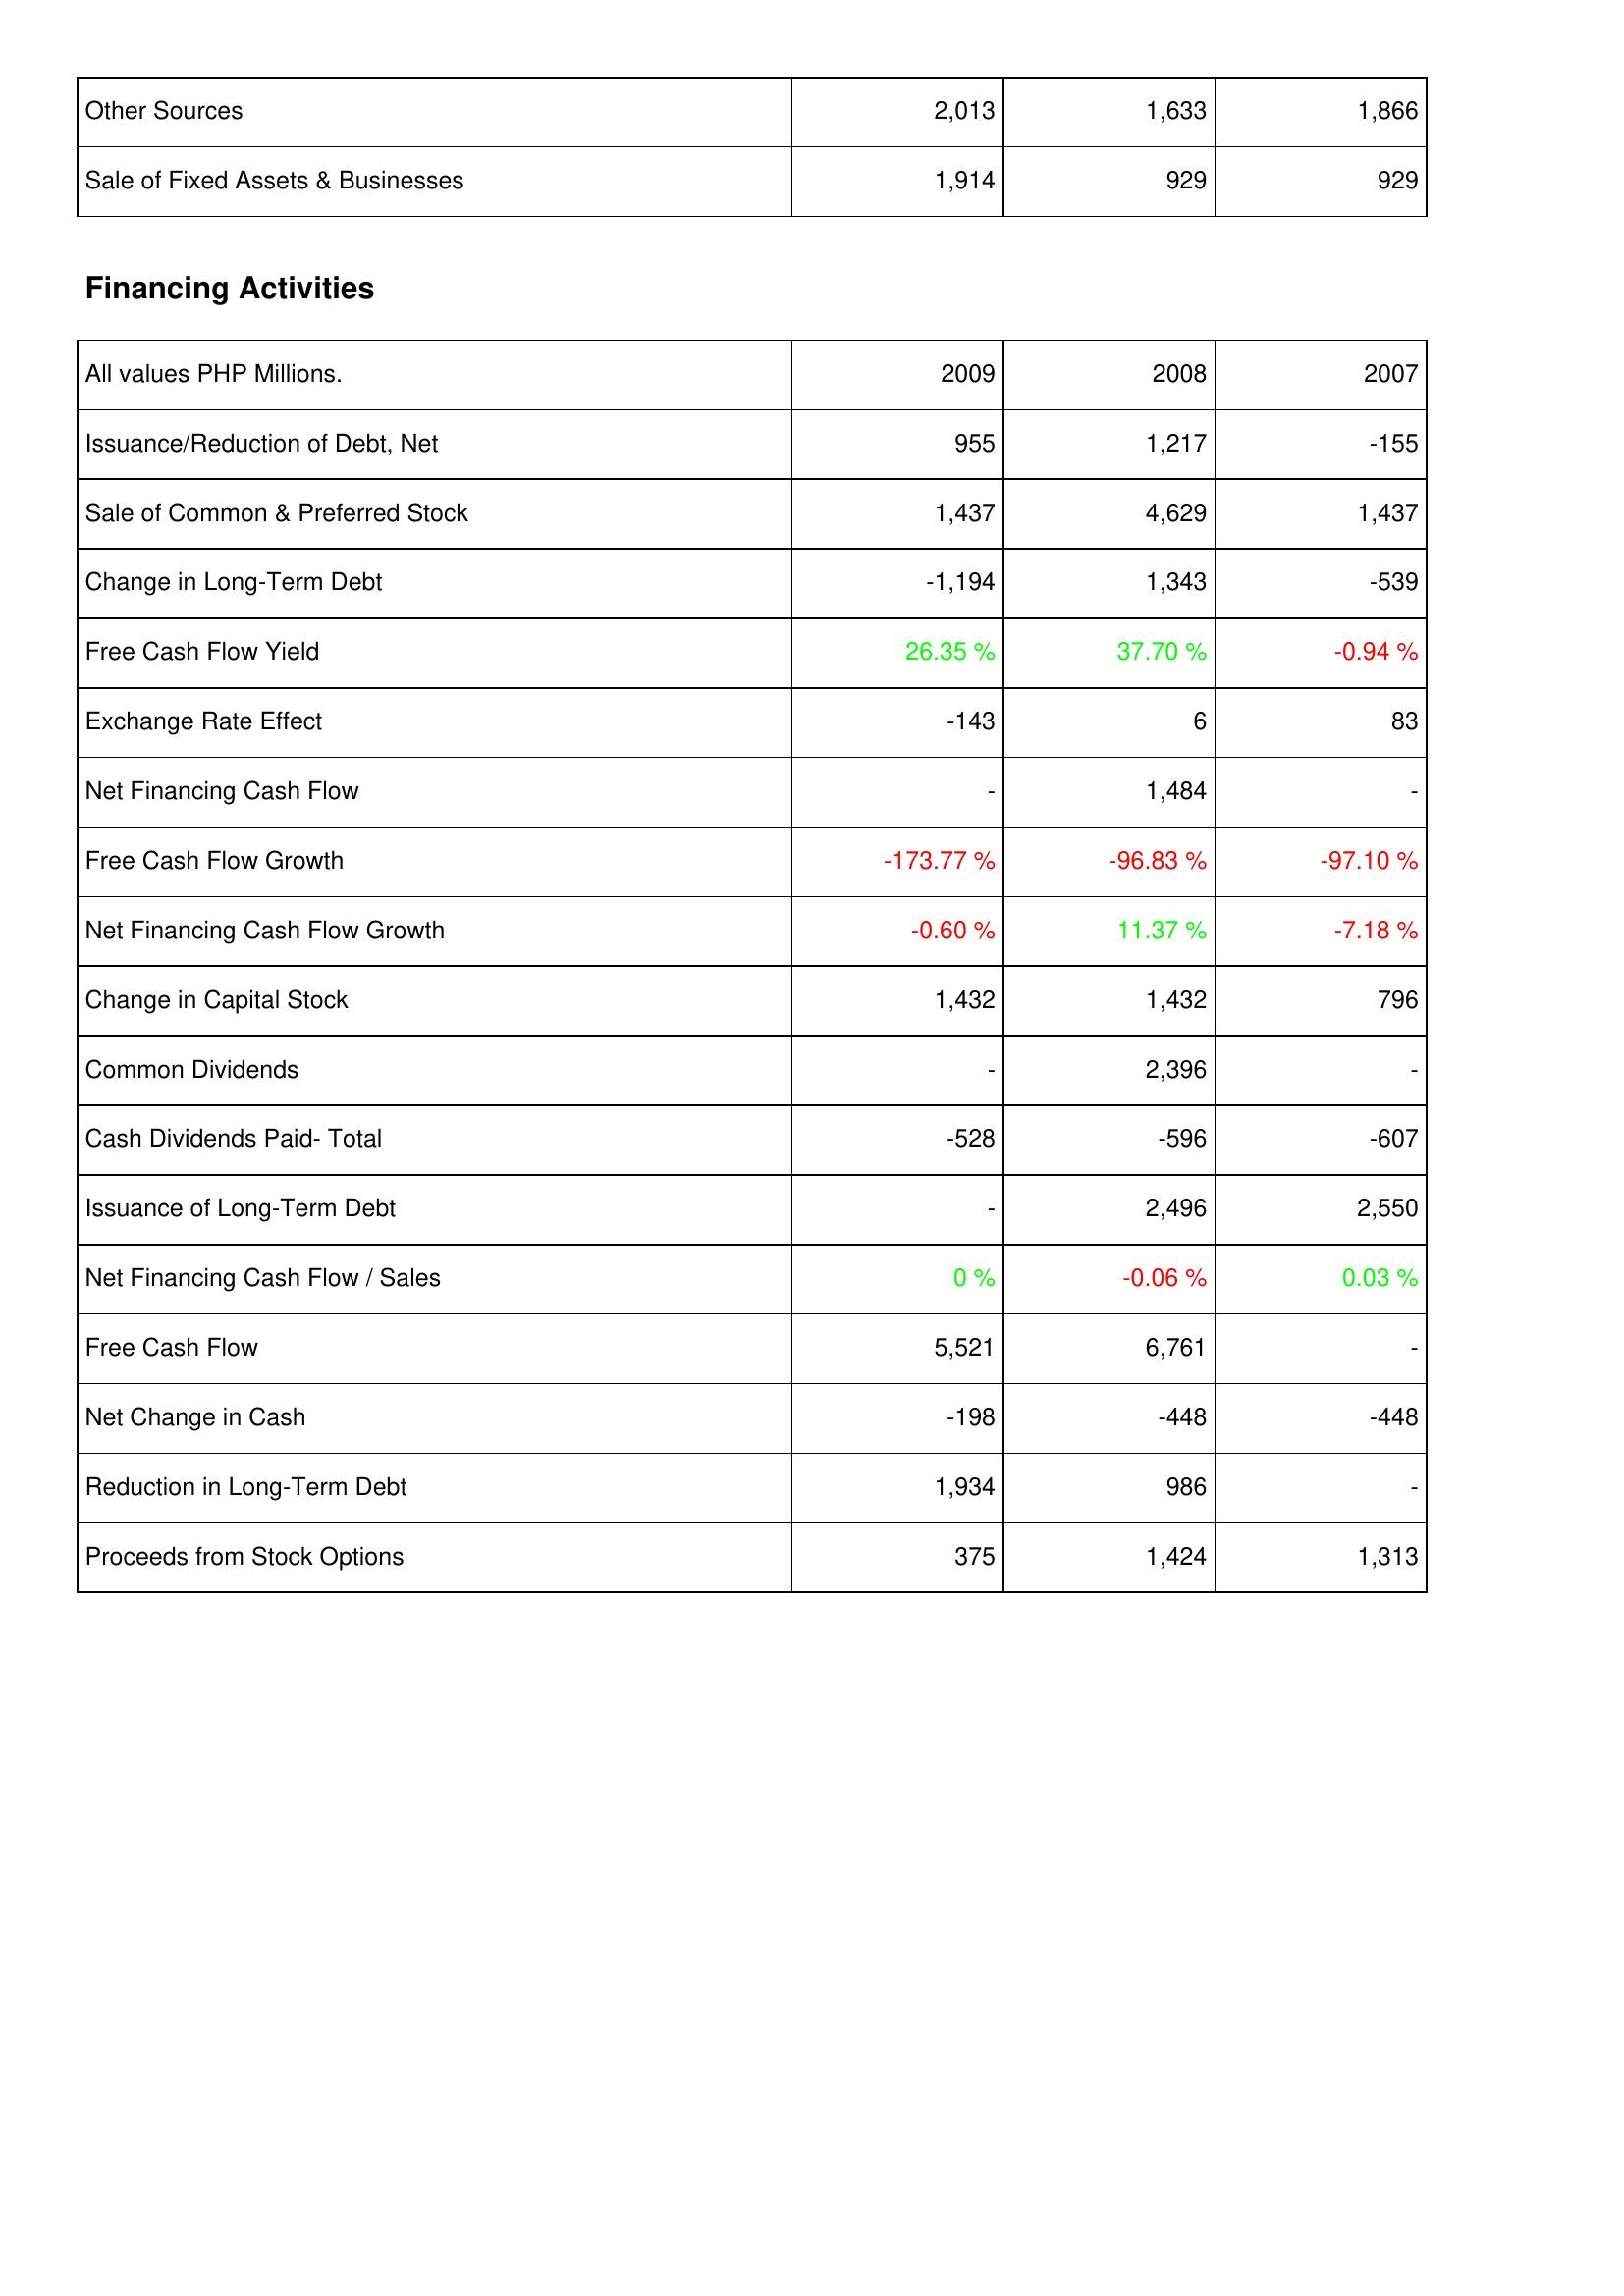
2009: Investing Activities: Other Sources: 2,013
Sale of Fixed Assets & Businesses: 1,914
Financing Activities: Issuance/Reduction of Debt, Net: 955
Sale of Common & Preferred Stock: 1,437
Change in Long-Term Debt: -1,194
Free Cash Flow Yield: 26.35 %
Exchange Rate Effect: -143
Net Financing Cash Flow: -
Free Cash Flow Growth: -173.77 %
Net Financing Cash Flow Growth: -0.60 %
Change in Capital Stock: 1,432
Common Dividends: -
Cash Dividends Paid- Total: -528
Issuance of Long-Term Debt: -
Net Financing Cash Flow / Sales: 0 %
Free Cash Flow: 5,521
Net Change in Cash: -198
Reduction in Long-Term Debt: 1,934
Proceeds from Stock Options: 375
2008: Investing Activities: Other Sources: 1,633
Sale of Fixed Assets & Businesses: 929
Financing Activities: Issuance/Reduction of Debt, Net: 1,217
Sale of Common & Preferred Stock: 4,629
Change in Long-Term Debt: 1,343
Free Cash Flow Yield: 37.70 %
Exchange Rate Effect: 6
Net Financing Cash Flow: 1,484
Free Cash Flow Growth: -96.83 %
Net Financing Cash Flow Growth: 11.37 %
Change in Capital Stock: 1,432
Common Dividends: 2,396
Cash Dividends Paid- Total: -596
Issuance of Long-Term Debt: 2,496
Net Financing Cash Flow / Sales: -0.06 %
Free Cash Flow: 6,761
Net Change in Cash: -448
Reduction in Long-Term Debt: 986
Proceeds from Stock Options: 1,424
2007: Investing Activities: Other Sources: 1,866
Sale of Fixed Assets & Businesses: 929
Financing Activities: Issuance/Reduction of Debt, Net: -155
Sale of Common & Preferred Stock: 1,437
Change in Long-Term Debt: -539
Free Cash Flow Yield: -0.94 %
Exchange Rate Effect: 83
Net Financing Cash Flow: -
Free Cash Flow Growth: -97.10 %
Net Financing Cash Flow Growth: -7.18 %
Change in Capital Stock: 796
Common Dividends: -
Cash Dividends Paid- Total: -607
Issuance of Long-Term Debt: 2,550
Net Financing Cash Flow / Sales: 0.03 %
Free Cash Flow: -
Net Change in Cash: -448
Reduction in Long-Term Debt: -
Proceeds from Stock Options: 1,313